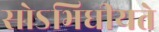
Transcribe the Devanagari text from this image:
सोऽभिधीयते